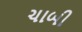
ચાબી